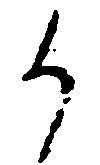
候